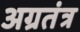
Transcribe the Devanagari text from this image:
अग्रतंत्र